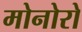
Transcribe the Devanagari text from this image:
मोनोरो